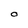
Character: O